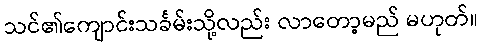
သင်၏ကျောင်းသင်္ခမ်းသို့လည်း လာတော့မည် မဟုတ်။